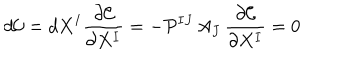
d \mathcal { C } = d X ^ { I } \frac { \partial \mathcal { C } } { \partial X ^ { I } } = - \mathcal { P } ^ { I J } \, A _ { J } \, \frac { \partial \mathcal { C } } { \partial X ^ { I } } = 0